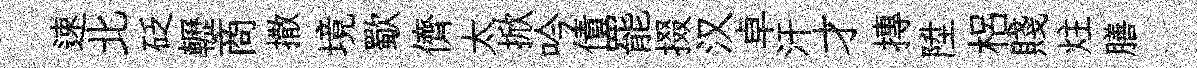
速北砭轣商撒境歜儕太掀吟債罷掇汉卓汗才摶陞梠賤炷膳